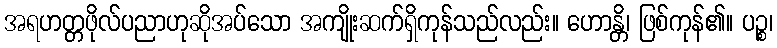
အရဟတ္တဖိုလ်ပညာဟုဆိုအပ်သော အကျိုးဆက်ရှိကုန်သည်လည်း။ ဟောန္တိ၊ ဖြစ်ကုန်၏။ ပဉ္စ၊